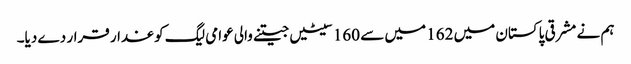
ہم نے مشرقی پاکستان میں 162 میں سے 160 سیٹیں جیتنے والی عوامی لیگ کو غدار قرار دے دیا۔